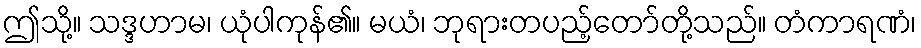
ဤသို့။ သဒ္ဒဟာမ၊ ယုံပါကုန်၏။ မယံ၊ ဘုရားတပည့်တော်တို့သည်။ တံကာရဏံ၊